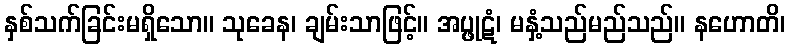
နှစ်သက်ခြင်းမရှိသော။ သုခေန၊ ချမ်းသာဖြင့်။ အပ္ဖုဋံ၊ မနှံ့သည်မည်သည်။ နဟောတိ၊